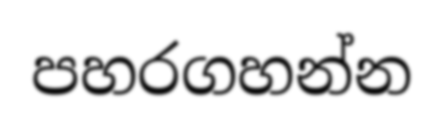
පහරගහන්න